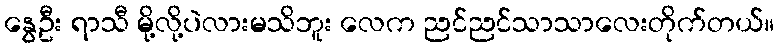
နွေဦး ရာသီ မို့လို့ပဲလားမသိဘူး လေက ညင်ညင်သာသာလေးတိုက်တယ်။